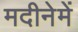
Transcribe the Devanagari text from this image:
मदीनेमें